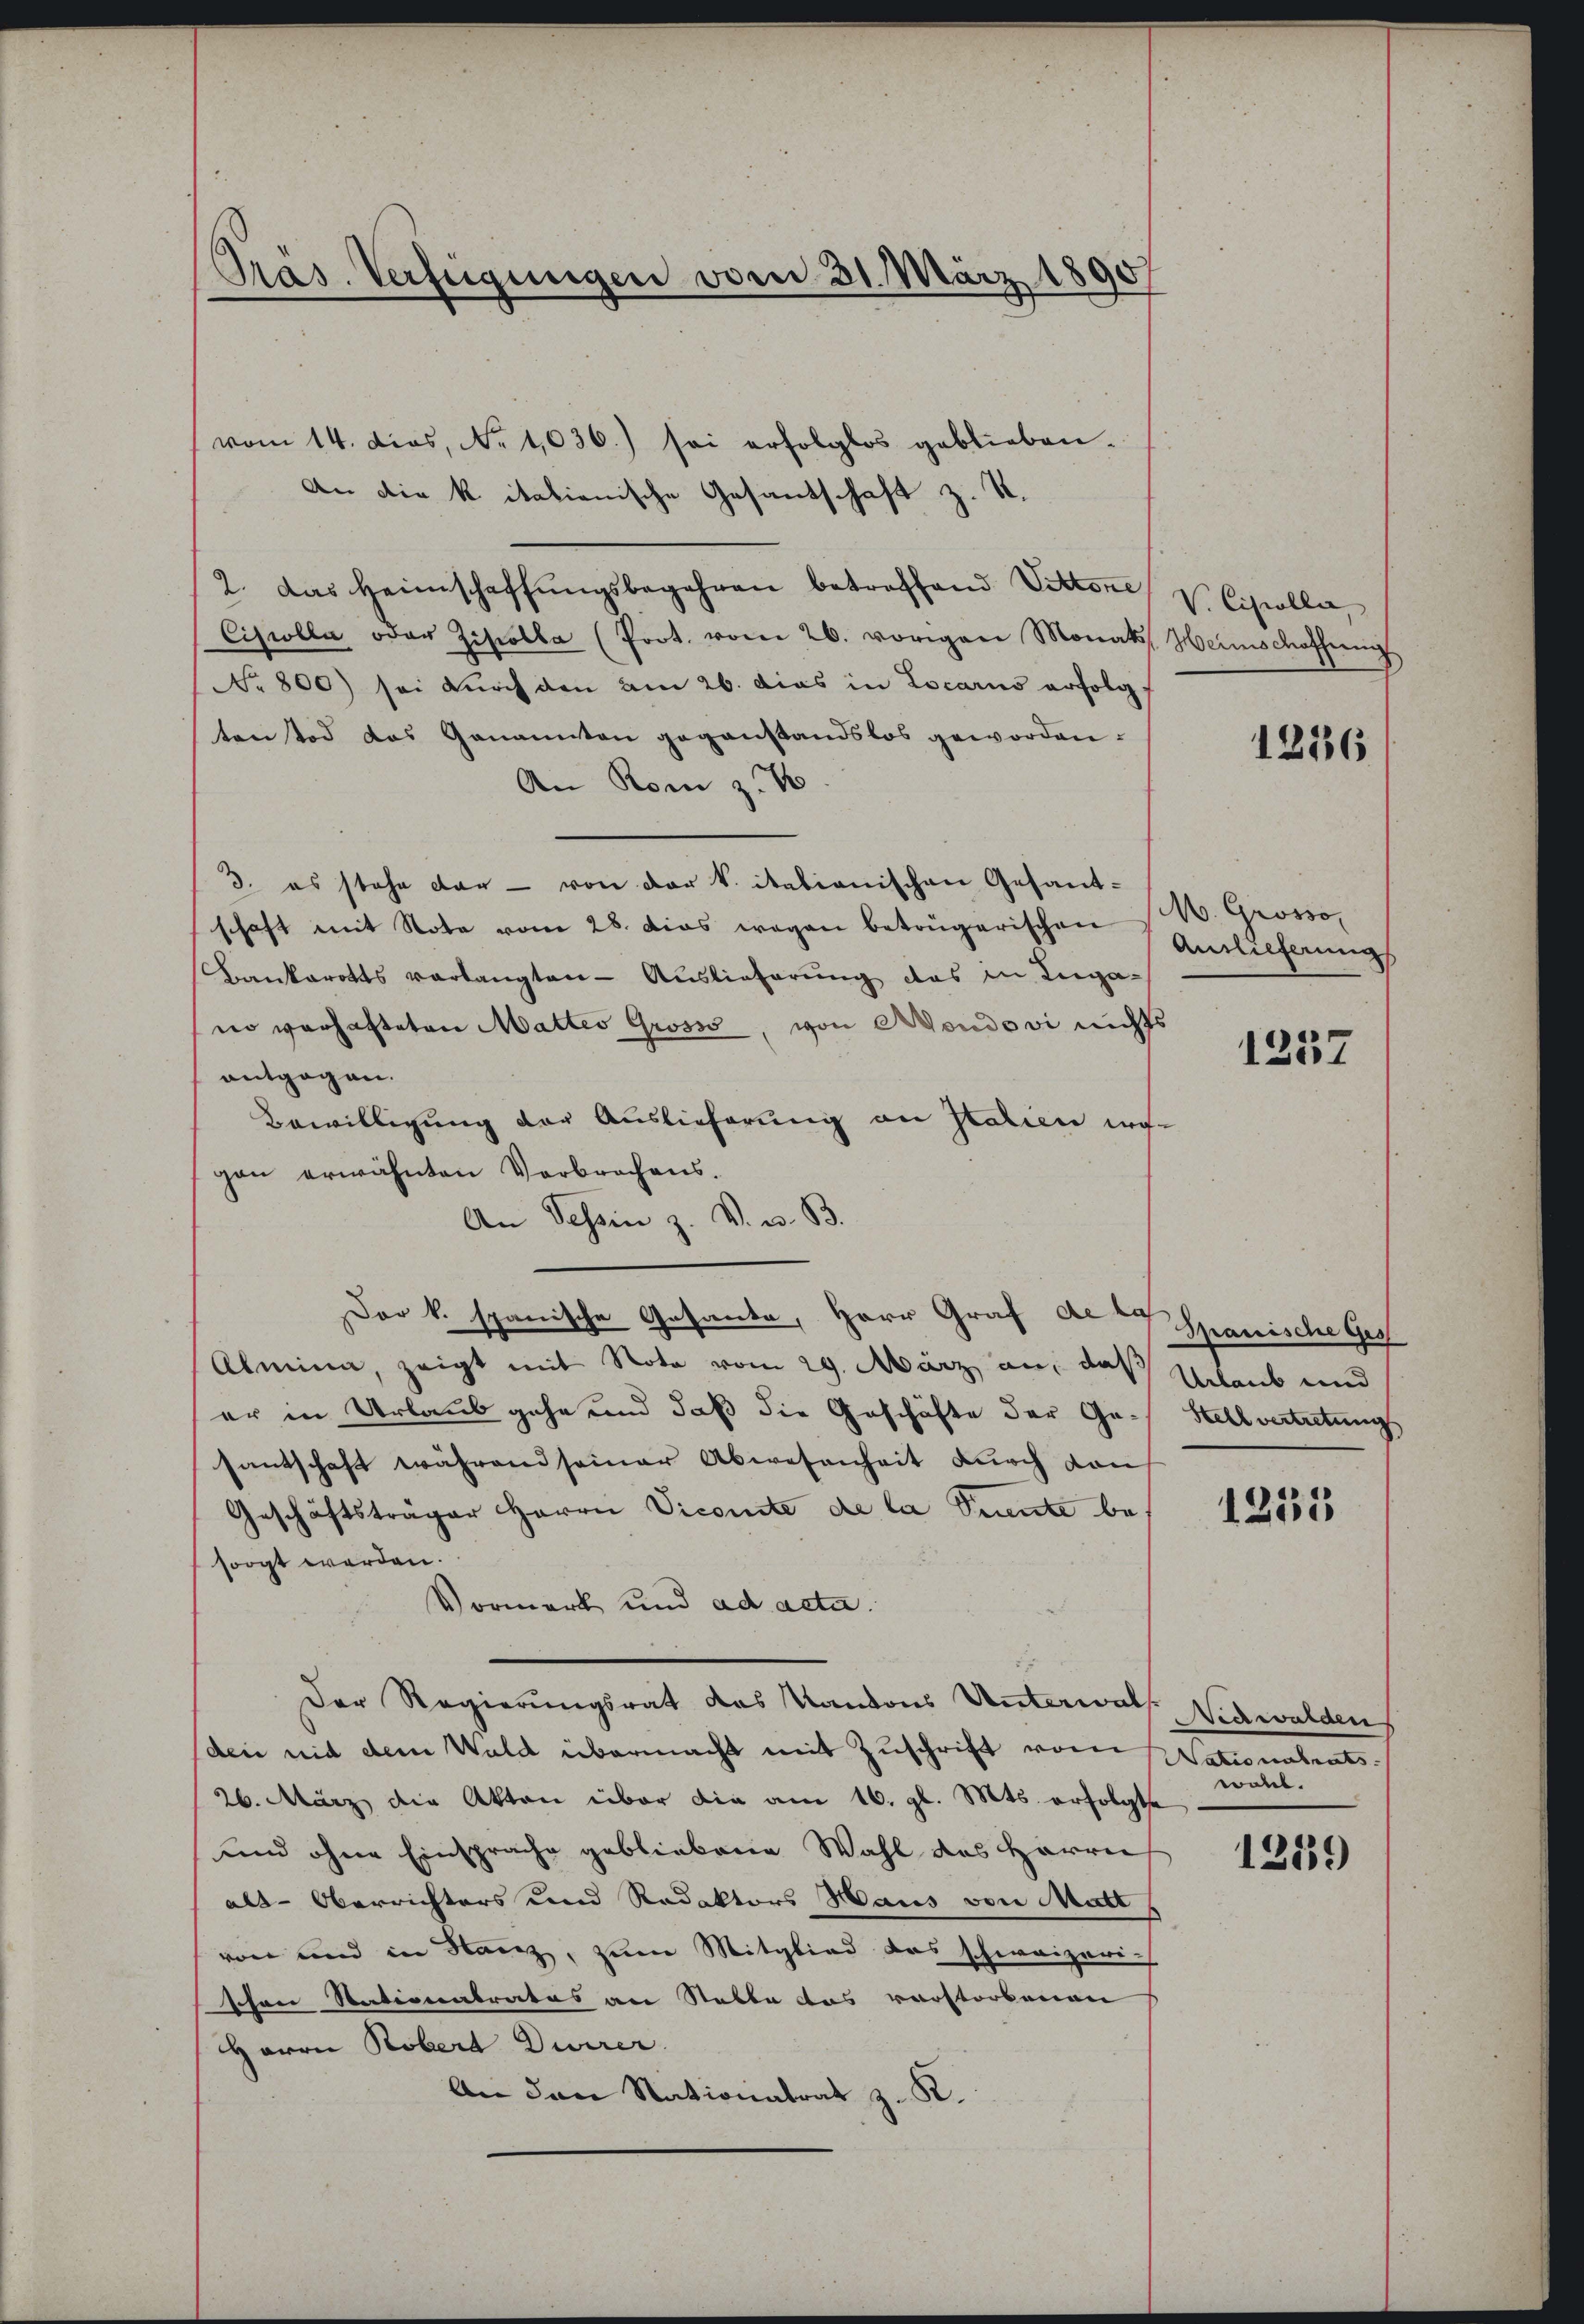
Präs. Verfügungen vom 31. März 18

vom 14. dies, No 1036.) sei erfolglos geblieben.
An die k. italienische Gesandschaft z. S.
2. Das Heimschaffungsbegehren betroffend Vettene
Ciscolla oder Ziscolla (Prot. vom 26. vorigen Monats, Heimschaffnung
No. 800) sei dŭrch den am 26. dies in Locarno erfolgt
tentod das Genannten gegenstandslos geworden.
An Rom z. B.
3. es stehe dar - von der k. itationischen Gesandschaft mit Note vom 28. dies wegen beträgerischen W. Grosso,
Bankarotts verlangten - Auslieferung das in Ingano verhafteten Mattes Grosss, von Moudovi nichts
entgegen.
Bewilligung der Auslieferung an statien wo-
gen erwähnten Verbrochens.
An Tessin z. V. u. 83.
Der k. spanische Gesante, Herr Graf der Spanische Ges
Almina, zeigt mit Note vom 29. März an, daß Urlaub und
er in Urlaub gehe und daß die Geschäfte der Ge- Stellvertretung
santschaft während seiner Abwesenheit durch dan
Geschäftsträger Herrn Vicomite de la Prente besorgt werden.
Vormerk und ad acta.
Der Regierungsrat das Kantons Unterwall. Vierwalden
(den mit dem Wald übermacht mit Zuschrift vom
26. März die Akten über die am 16. gl. Mts. erfolgte
und ohne Einsprache gebliebene Wahl des Herrn
als-Oberrichters und Redaktors Haus von Matt
von und in Stanz, zum Mitglied das schweizeri-
schen Nationalratus an Stable das vorstorbenen
Herrn Rober Durrer
An den Nationatrat z. K.

V. Ciscolla

1236

Auslieferung

1257

1235

Nationalrats.
wohl.

1259